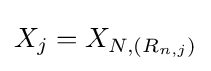
X_{j}=X_{N,(R_{n,j})}